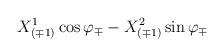
LaTeX: \begin{align*}{X^1_{(\mp 1)} \cos\varphi_\mp - X^2_{(\mp 1)} \sin\varphi_\mp }\end{align*}